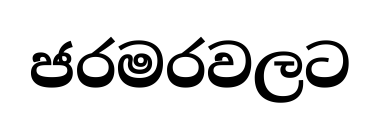
ජරමරවලට